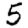
Digit: 5